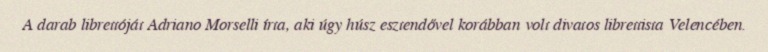
A darab librettóját Adriano Morselli írta, aki úgy húsz esztendővel korábban volt divatos librettista Velencében.